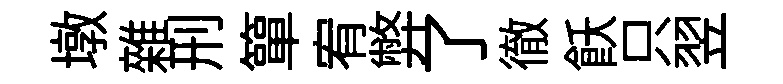
墩雜刑簞宥弊了徹飫只翌